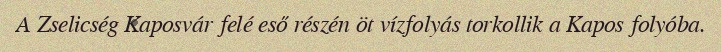
A Zselicség Kaposvár felé eső részén öt vízfolyás torkollik a Kapos folyóba.